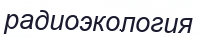
радиоэкология